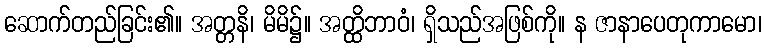
ဆောက်တည်ခြင်း၏။ အတ္တနိ၊ မိမိ၌။ အတ္ထိဘာဝံ၊ ရှိသည်အဖြစ်ကို။ န ဇာနာပေတုကာမော၊